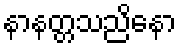
နာနတ္တသညိနော